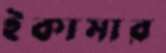
ইকামার